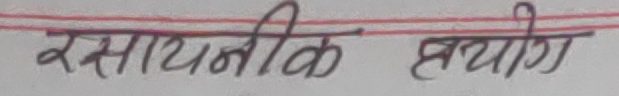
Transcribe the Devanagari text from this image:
रासायनिक प्रयोग